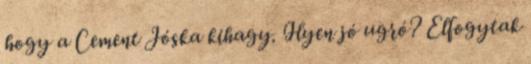
hogy a Cement Jóska kihagy. Ilyen jó ugró? Elfogytak